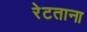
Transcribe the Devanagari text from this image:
रेटताना